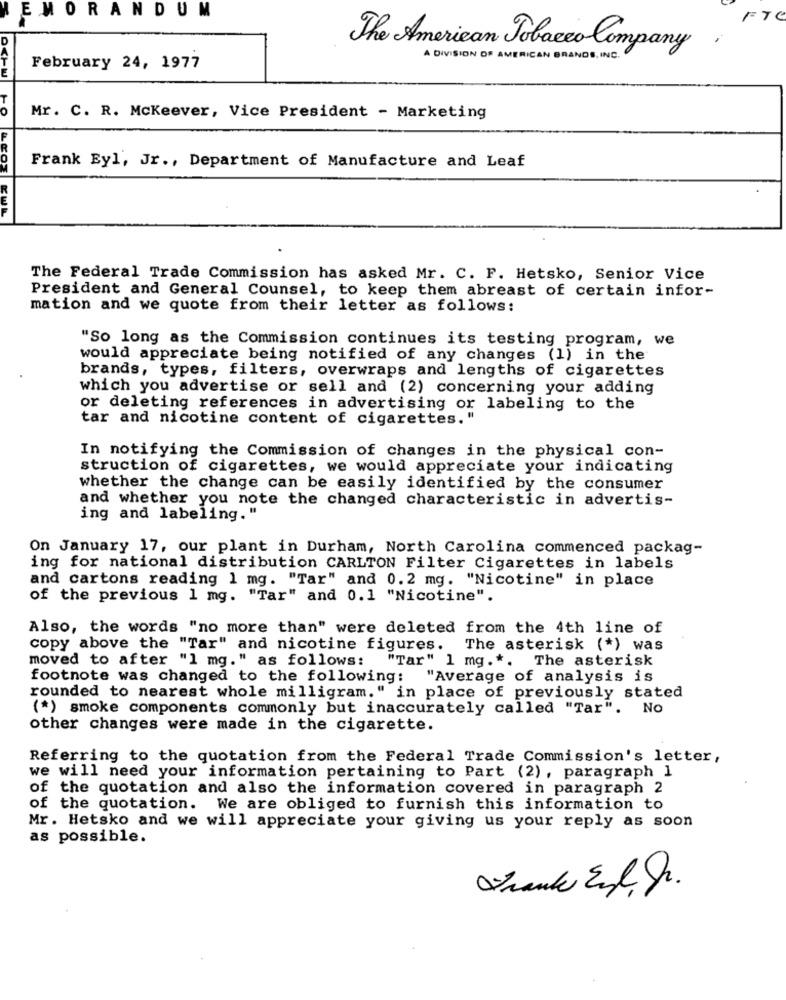
EMORANDUM
FTC
D
The American Tobacco Company
.
A DIVISION OF AMERICAN BRANDS, INC.
February 24, 1977
Mr. C. R. Mckeever, Vice President - Marketing
LEOT
Frank Eyl, Jr ., Department of Manufacture and Leaf
The Federal Trade Commission has asked Mr. C. F. Hetsko, Senior Vice
President and General Counsel, to keep them abreast of certain infor-
mation and we quote from their letter as follows:
"So long as the Commission continues its testing program, we
would appreciate being notified of any changes (1) in the
brands, types, filters, overwraps and lengths of cigarettes
which you advertise or sell and (2) concerning your adding
or deleting references in advertising or labeling to the
tar and nicotine content of cigarettes. "
In notifying the Commission of changes in the physical con-
struction of cigarettes, we would appreciate your indicating
whether the change can be easily identified by the consumer
and whether you note the changed characteristic in advertis-
ing and labeling."
On January 17, our plant in Durham, North Carolina commenced packag-
ing for national distribution CARLTON Filter Cigarettes in labels
and cartons reading 1 mg. "Tar" and 0.2 mg. "Nicotine" in place
of the previous 1 mg. "Tar" and 0.1 "Nicotine".
Also, the words "no more than" were deleted from the 4th line of
copy above the "Tar" and nicotine figures. The asterisk (*) was
moved to after "1 mg." as follows:
"Tar" 1 mg .*. The asterisk
footnote was changed to the following: "Average of analysis is
rounded to nearest whole milligram." in place of previously stated
(*) smoke components commonly but inaccurately called "Tar". No
other changes were made in the cigarette.
Referring to the quotation from the Federal Trade Commission's letter,
we will need your information pertaining to Part (2), paragraph 1
of the quotation and also the information covered in paragraph 2
of the quotation. We are obliged to furnish this information to
Mr. Hetsko and we will appreciate your giving us your reply as soon
as possible.